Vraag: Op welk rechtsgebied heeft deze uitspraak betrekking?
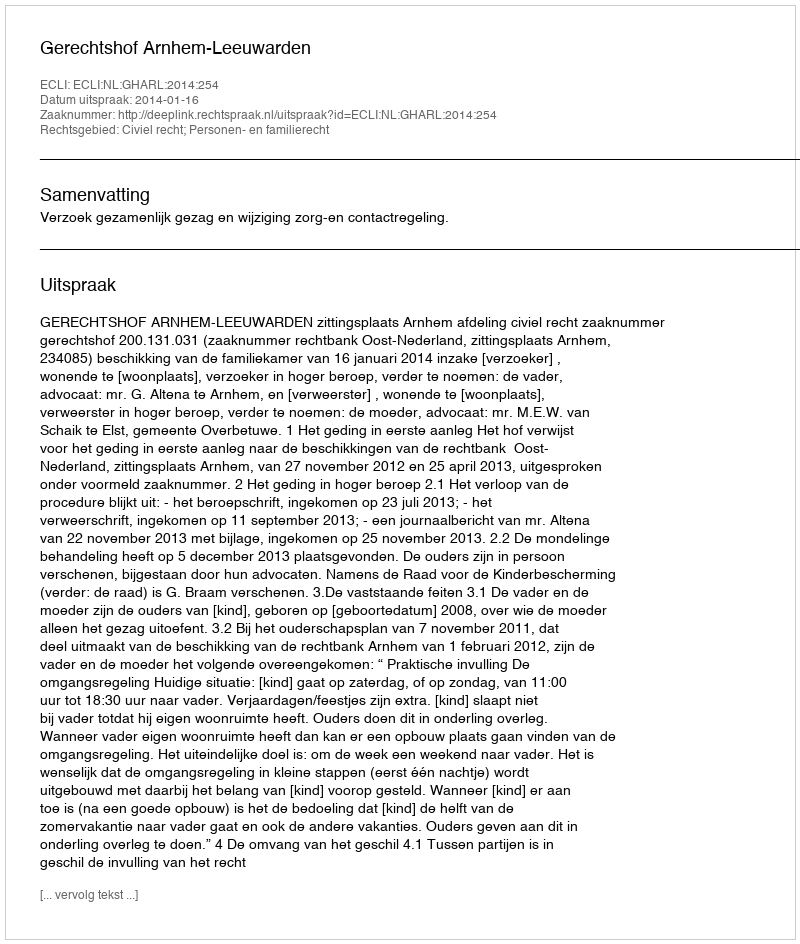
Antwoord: Civiel recht; Personen- en familierecht